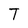
Character: T